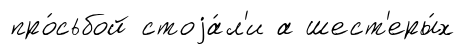
про́сьбой стоjа́л'и а шест'еры́х